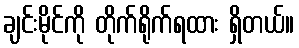
ချင်းမိုင်ကို တိုက်ရိုက်ရထား ရှိတယ်။